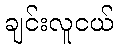
ချင်းလူငယ်